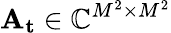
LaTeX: \mathbf{A_{t}}\in\mathbb{C}^{M^{2}\times M^{2}}